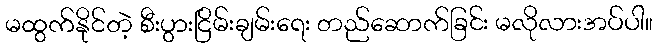
မထွက်နိုင်တဲ့ စီးပွားငြိမ်းချမ်းရေး တည်ဆောက်ခြင်း မလိုလားအပ်ပါ။